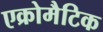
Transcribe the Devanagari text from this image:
एक्रोमैटिक